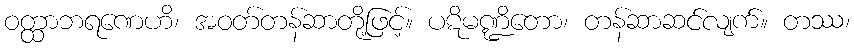
ဝတ္ထာဘရဏေဟိ၊ အဝတ်တန်ဆာတို့ဖြင့်။ ပဋိမဏ္ဍိတော၊ တန်ဆာဆင်လျက်။ တဿ၊